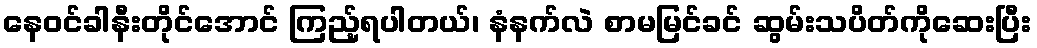
နေဝင်ခါနီးတိုင်အောင် ကြည့်ရပါတယ်၊ နံနက်လဲ စာမမြင်ခင် ဆွမ်းသပိတ်ကိုဆေးပြီး